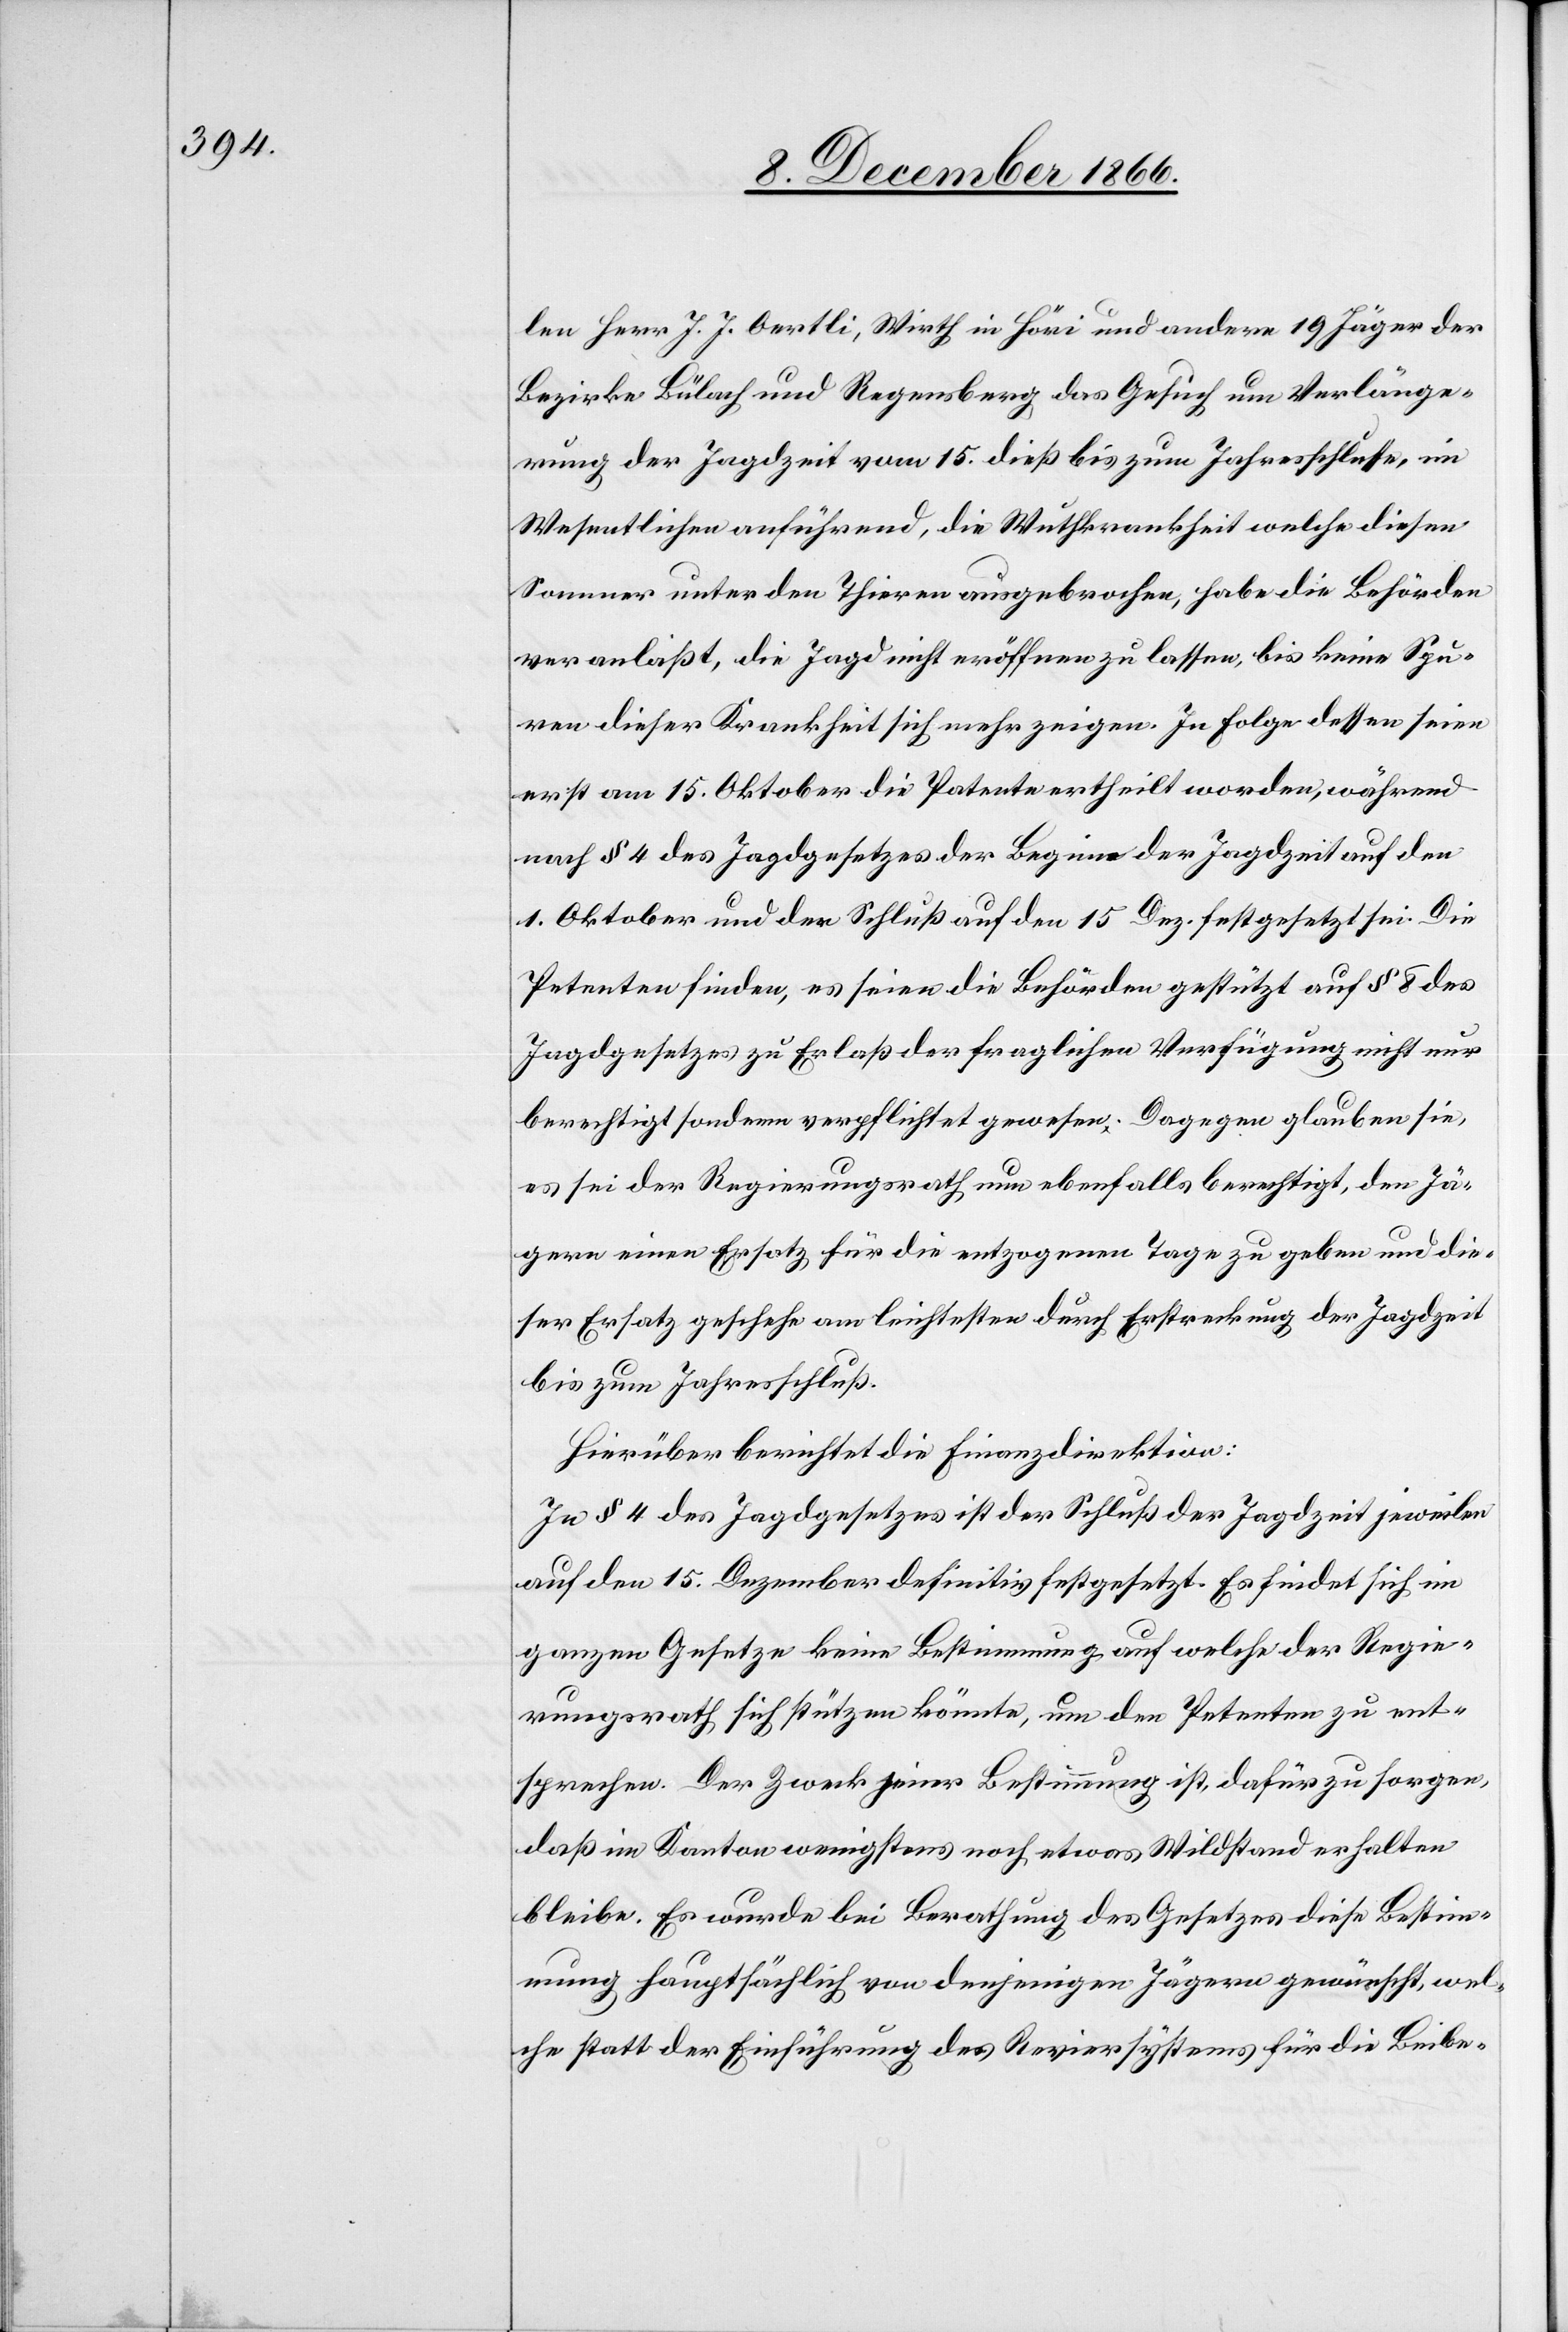
len Herr J. J. Oertli, Wirth in Höri und andere 19 Jäger der
Bezirke Bülach und Regensberg das Gesuch um Verlänge¬
rung der Jagdzeit vom 15. dieß bis zum Jahresschlusse, im
Wesentlichen anführend, die Wuthkrankheit welche diesen
Sommer unter den Thieren ausgebrochen, habe die Behörden
veranlaßt, die Jagd nicht eröffnen zu lassen, bis keine Spu¬
ren dieser Krankheit sich mehr zeigen. In Folge dessen seien
erst am 15. Oktober die Patente ertheilt worden, während
nach § 4 des Jagdgesetzes der Beginn der Jagdzeit auf den
1. Oktober und der Schluß auf den 15. Dez. festgesetzt sei. Die
Petenten finden, es seien die Behörden gestützt auf § 8 des
Jagdgesetzes zu Erlaß der fraglichen Verfügung nicht nur
berechtigt sondern verpflichtet gewesen. Dagegen glauben sie,
es sei der Regierungsrath nun ebenfalls berechtigt, den Jä¬
gern einen Ersatz für die entzogenen Tage zu geben und die¬
ser Ersatz geschehe am leichtesten durch Erstreckung der Jagdzeit
bis zum Jahresschluß.
Hierüber berichtet die Finanzdirektion:
In § 4 des Jagdgesetzes ist der Schluß der Jagdzeit jeweilen
auf den 15. Dezember definitiv festgesetzt. Es findet sich im
ganzen Gesetze keine Bestimmung auf welche der Regie¬
rungsrath sich stützen könnte, um den Petenten zu ent¬
sprechen. Der Zweck jener Bestimmung ist, dafür zu sorgen,
daß im Kanton wenigstens noch etwas Wildstand erhalten
bleibe. Es wurde bei Berathung des Gesetzes diese Bestim¬
mung hauptsächlich von denjenigen Jägern gewünscht, wel¬
che statt der Einführung des Reviersystems für die Beibe-